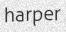
harper